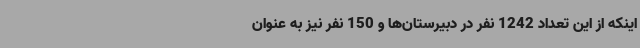
اینکه از این تعداد 1242 نفر در دبیرستان‌ها و 150 نفر نیز به عنوان